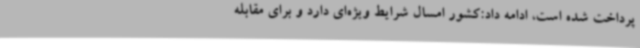
پرداخت شده است، ادامه داد:کشور امسال شرایط ویژه‌ای دارد و برای مقابله